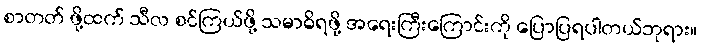
စာတတ် ဖို့ထက် သီလ စင်ကြယ်ဖို့ သမာဓိရဖို့ အရေးကြီးကြောင်းကို ပြောပြရပါတယ်ဘုရား။